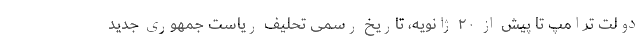
دولت ترامپ تا پیش از ۲۰ ژانویه، تاریخ رسمی تحلیف ریاست جمهوری جدید